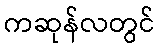
ကဆုန်လတွင်